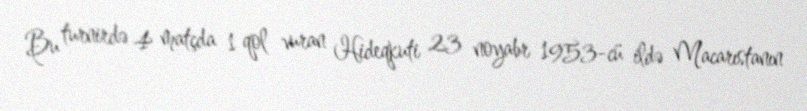
Bu turnirdə 4 matçda 1 qol vuran Hideqkuti 23 noyabr 1953-cü ildə Macarıstanın